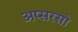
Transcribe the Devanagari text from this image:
अप्सरसो